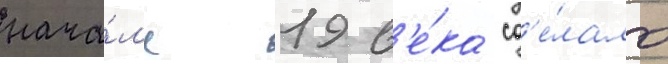
нача́л'е 19 в'е́ка сд'е́лало